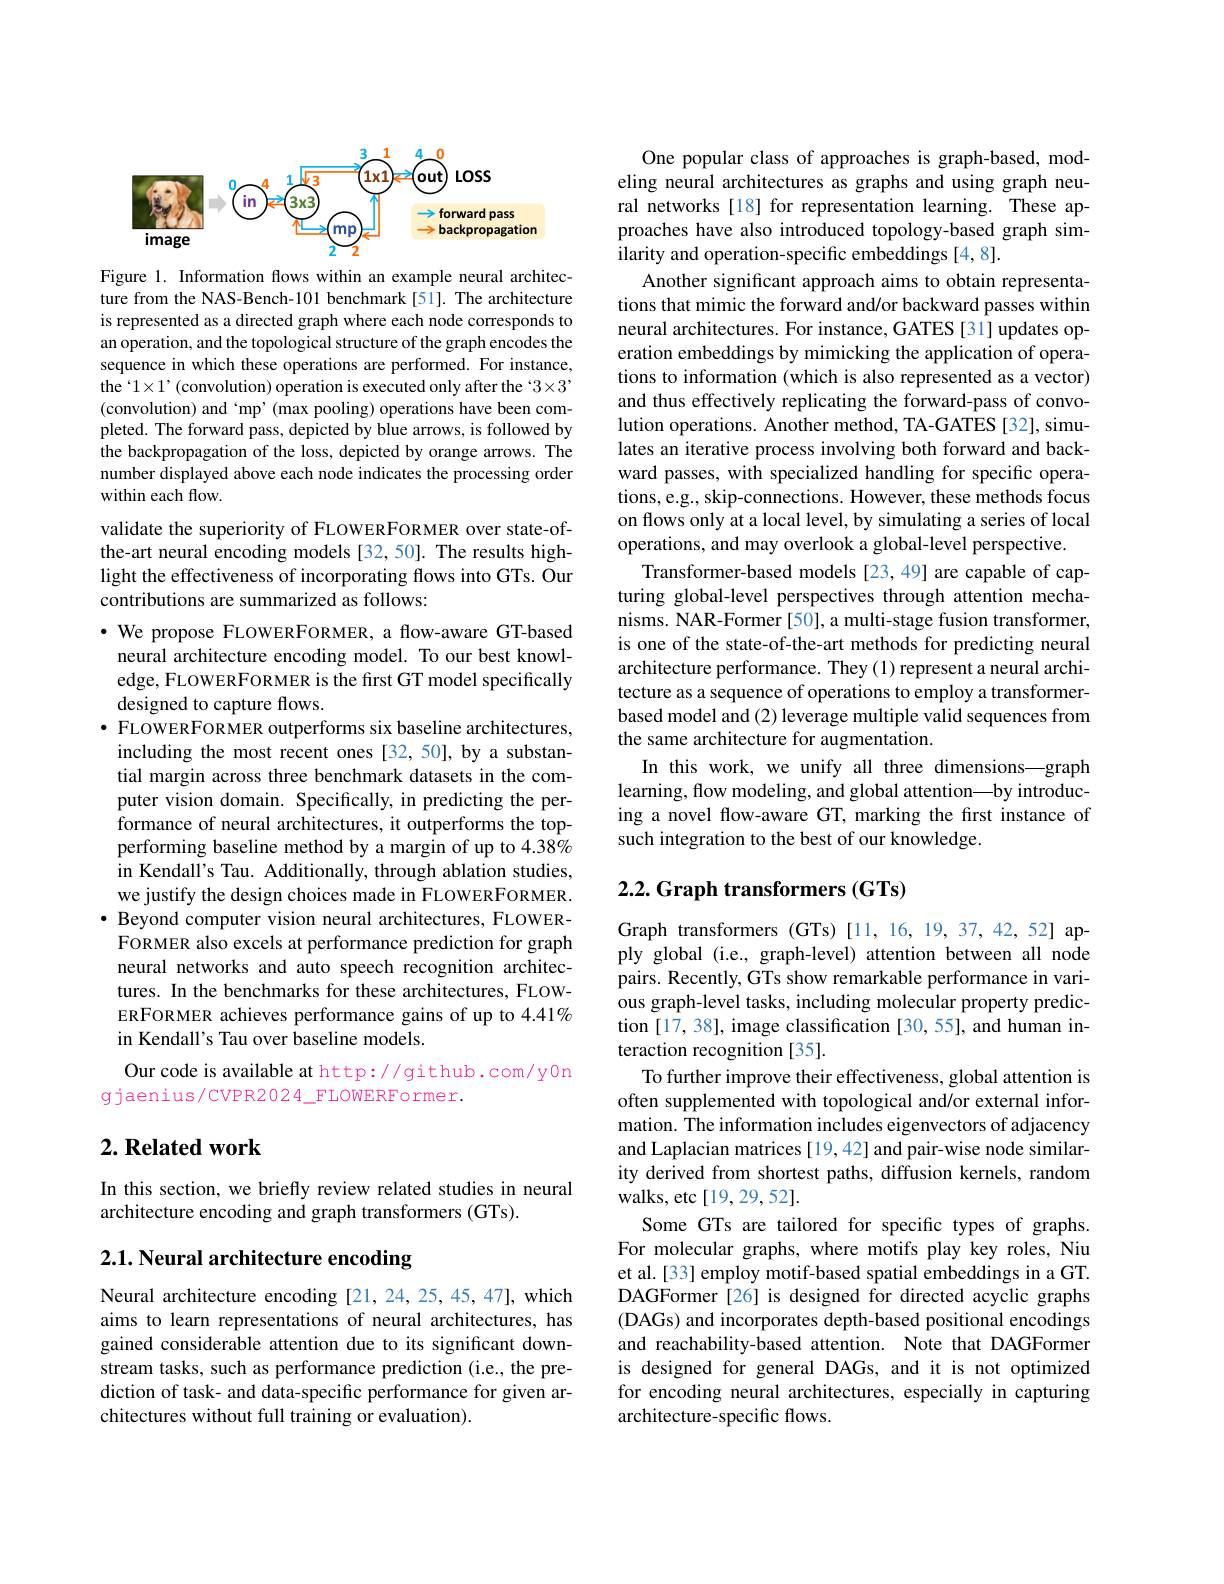
<FigureHere>
Figure 1. Information flows within an example neural architec-

ture from the NAS-Bench-101 benchmark [51]. The architecture is represented as a directed graph where each node corresponds to an operation, and the topological structure of the graph encodes the sequence in which these operations are performed. For instance, the ‘1×1’(convolution) operation is executed only after the ‘3×3’ (convolution) and‘mp’(max pooling) operations have been completed. The forward pass, depicted by blue arrows, is followed by the backpropagation of the l number displayed above each node indicates the processing order within each flow.

validate the superiority of FLOWERFORMER over state-ofthe-art neural encoding models [32,50]. The results highlight the effectiveness of incorporating flows into GTs. Our contributions are summarized as follows:

$\cdot$ We propose FLOWERFORMER, a flow-aware GT-based neural architecture encoding model. To our best knowledge, FLOWERFORMER is the first GT model specifically designed to capture flows.
$\bullet$ FLOWERFORMER outperforms six baseline architectures, including the most recent ones [32,50], by a substantial margin across three benchmark datasets in the computer vision domain. Specifically, in predicting the performance of neural architectures, it outperforms the topperforming baseline method by a margin of up to 4.38% in Kendall's Tau. Additionally, through ablation studies, we justify the design choices made in FLOWERFORMER. $\bullet$ Beyond computer vision neural architectures, FLOWERFORMER also excels at performance prediction for graph neural networks and auto speech recognition architectures. In the benchmarks for these architectures, FLOWERFORMER achieves performance gains of up to 4.41% in Kendall's Tau over baseline models.
Our code is available at http://github.com/y0n

gjaenius/CVPR2024\_FLOWERFormer.

## $2. \textbf{ Related work}$

In this section, we briefly review related studies in neural
architecture encoding and graph transformers (GTs).

## 2.1. Neural architecture encoding

Neural architecture encoding [21,24,25,45,47], which aims to learn representations of neural architectures, has gained considerable attention due to its significant downstream tasks, such as performance prediction (i.e., the prediction of task- and data-specific performance for given architectures without full training or evaluation).

One popular class of approaches is graph-based, modeling neural architectures as graphs and using graph neural networks [18] for representation learning. These approaches have also introduced topology-based graph similarity and operation-specific embeddings [4,8].
Another significant approach aims to obtain representations that mimic the forward and/or backward passes within neural architectures. For instance, GATES [31] updates operation embeddings by mimicking the application of operations to information (which is also represented as a vector) and thus effectively replicating the forward-pass of convolution operations. Another method, TA-GATES [32], simulates an iterative process involving both forward and backward passes, with specialized handling for specific operations, e.g., skip-connections. However, these methods focus on flows only at a local level, by simulating a series of local operations, and may overlook a global-level perspective.
Transformer-based models [23,49] are capable of capturing global-level perspectives through attention mechanisms. NAR-Former [50], a multi-stage fusion transformer, is one of the state-of-the-art methods for predicting neural architecture performance. They (1) represent a neural architecture as a sequence of operations to employ a transformerbased model and (2) leverage multiple valid sequences from the same architecture for augmentation.
In this work, we unify all three dimensions—graph learning, flow modeling, and global attention—by introducing a novel flow-aware GT, marking the first instance of such integration to the best of our knowledge.

### 2.2. Graph transformers (G

Graph transformers (GTs) [11,16,19,37,42,52] apply global (i.e., graph-level) attention between all node pairs. Recently, GTs show remarkable performance in various graph-level tasks, inclu tion [17,38], image classification [30,55], and human interaction recognition [35].
To further improve their effectiveness, global attention is often supplemented with topological and/or external information. The information includes eigenvectors of adjacency and Laplacian matrices [19, 42] and pair-wise node similarity derived from shortest paths, diffusion kernels, random walks, etc[19,29,52].
Some GTs are tailored for specific types of graphs. For molecular graphs, where motifs play key roles, Niu et al.[33] employ motif-based spatial embeddings in a GT. DAGFormer [26] is designed for directed acyclic graphs (DAGs) and incorporates depth-based positional encodings and reachability-based attention. Note that DAGFormer is designed for general DAGs, and it is not optimized for encoding neural architectures, especially in capturing architecture-specific flows.